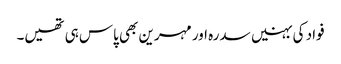
فواد کی بہنیں سدرہ اور مہرین بھی پاس ہی تھیں۔